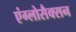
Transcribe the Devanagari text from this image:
एंग्लोसैक्सन